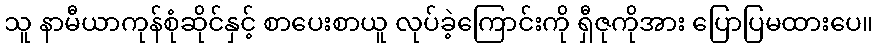
သူ နာမီယာကုန်စုံဆိုင်နှင့် စာပေးစာယူ လုပ်ခဲ့ကြောင်းကို ရှီဇုကိုအား ပြောပြမထားပေ။